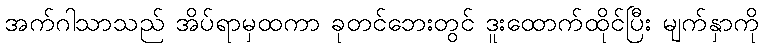
အက်ဂါသာသည် အိပ်ရာမှထကာ ခုတင်ဘေးတွင် ဒူးထောက်ထိုင်ပြီး မျက်နှာကို